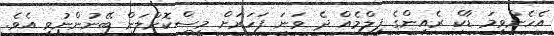
އެހެންވީމަ ޑާކް ރެއިންގެ ފިލްމެއް ދެ ވަނަ ފަހަރަށް މިސްކޮށްލަން ބޭނުންނުވީ އެވެ.